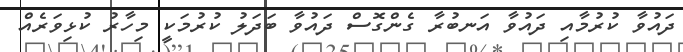
ދައުވާ ކުރުމާއި ދައުވާ އަނބުރާ ގެންގޮސް ދައުވާ ބަދަލު ކުރުމަކީ މިހާރު ކުޅިވަރެއް